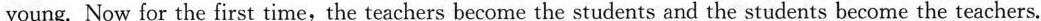
A.Doctors。 B.Kids。 C.Teachers。 D.Students。